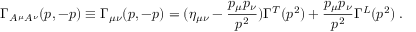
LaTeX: \Gamma _ { A ^ { \mu } A ^ { \nu } } ( p , - p ) \equiv \Gamma _ { \mu \nu } ( p , - p ) = ( \eta _ { \mu \nu } - \frac { p _ { \mu } p _ { \nu } } { p ^ { 2 } } ) \Gamma ^ { T } ( p ^ { 2 } ) + \frac { p _ { \mu } p _ { \nu } } { p ^ { 2 } } \Gamma ^ { L } ( p ^ { 2 } ) \; .